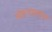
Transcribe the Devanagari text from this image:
मोहनप्रसाद